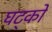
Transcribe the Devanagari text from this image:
घट्कों